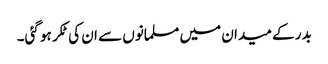
بدر کے میدان میں مسلمانوں سے ان کی ٹکر ہو گئی۔